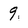
Character: 9